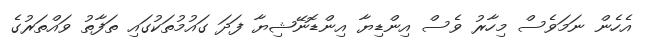
އެހެން ނަމަވެސް މިހާރު ވެސް އިންޑިޔާ އިންޑޮނޭޝިޔާ ފަދަ ގައުމުތަކުގައި ތަފާތު ވައްތަރުގެ